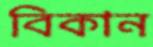
বিকান